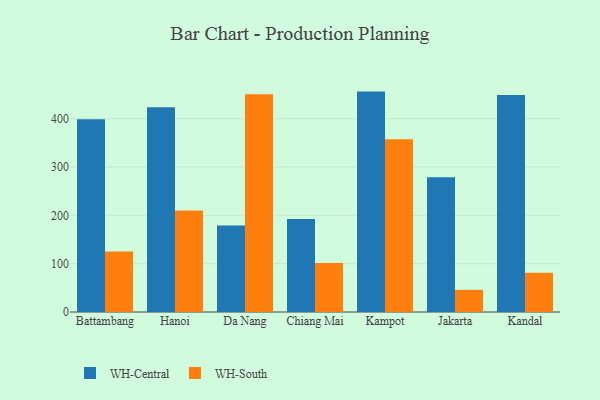
{"axis": {"x": "City", "y": "Operating Costs (USD K)"}, "legend": ["WH-Central", "WH-South"], "data": [{"x": "Battambang", "y": 399.1, "type": "WH-Central"}, {"x": "Battambang", "y": 125.2, "type": "WH-South"}, {"x": "Hanoi", "y": 423.8, "type": "WH-Central"}, {"x": "Hanoi", "y": 210.2, "type": "WH-South"}, {"x": "Da Nang", "y": 178.8, "type": "WH-Central"}, {"x": "Da Nang", "y": 450.5, "type": "WH-South"}, {"x": "Chiang Mai", "y": 192.7, "type": "WH-Central"}, {"x": "Chiang Mai", "y": 101.4, "type": "WH-South"}, {"x": "Kampot", "y": 456.1, "type": "WH-Central"}, {"x": "Kampot", "y": 357.4, "type": "WH-South"}, {"x": "Jakarta", "y": 279.0, "type": "WH-Central"}, {"x": "Jakarta", "y": 45.8, "type": "WH-South"}, {"x": "Kandal", "y": 449.2, "type": "WH-Central"}, {"x": "Kandal", "y": 81.4, "type": "WH-South"}]}